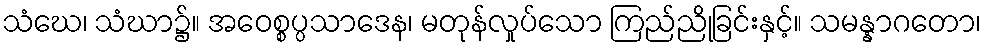
သံဃေ၊ သံဃာ၌။ အဝေစ္စပ္ပသာဒေန၊ မတုန်လှုပ်သော ကြည်ညိုခြင်းနှင့်။ သမန္နာဂတော၊